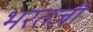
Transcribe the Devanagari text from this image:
भरतजी